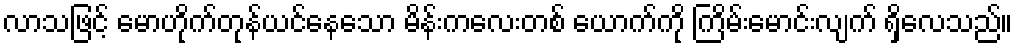
လာသဖြင့် မောဟိုက်တုန်ယင်နေသော မိန်းကလေးတစ် ယောက်ကို ကြိမ်းမောင်းလျက် ရှိလေသည်။